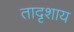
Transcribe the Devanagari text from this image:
तादृशाय